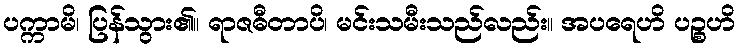
ပက္ကာမိ၊ ပြန်သွား၏။ ရာဇဓီတာပိ၊ မင်းသမီးသည်လည်း။ အပရေဟိ ပဉ္စဟိ